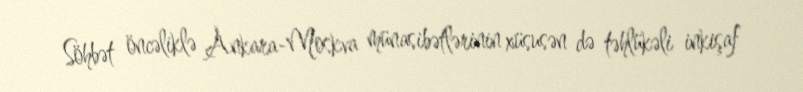
Söhbət öncəliklə Ankara-Moskva münasibətlərinin xüsusən də təhlükəli inkişaf